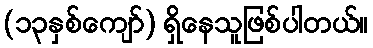
(၁၃နှစ်ကျော်) ရှိနေသူဖြစ်ပါတယ်။